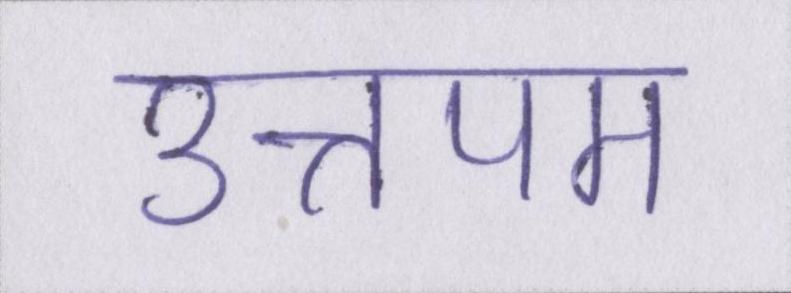
उत्तपम